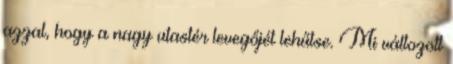
azzal, hogy a nagy utastér levegőjét lehűtse. Mi változott